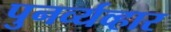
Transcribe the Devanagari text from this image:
पुनर्व्यव्हार